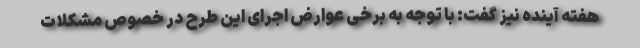
هفته آینده نیز گفت: با توجه به برخی عوارض اجرای این طرح در خصوص مشکلات